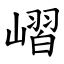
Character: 嶍